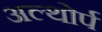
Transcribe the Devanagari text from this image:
अल्थोर्प